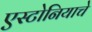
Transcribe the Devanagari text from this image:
एस्टोनियाचे